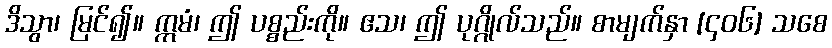
ဒိသွာ၊ မြင်၍။ ဣမံ၊ ဤ ပစ္စည်းကို။ ဧသ၊ ဤ ပုဂ္ဂိုလ်သည်။ စာမျက်နှာ [၄၀၆] သစေ